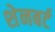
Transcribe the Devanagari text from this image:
शेनबर्ट